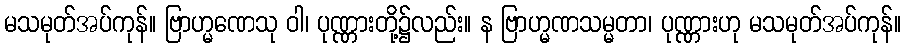
မသမုတ်အပ်ကုန်။ ဗြာဟ္မဏေသု ဝါ၊ ပုဏ္ဏားတို့၌လည်း။ န ဗြာဟ္မဏသမ္မတာ၊ ပုဏ္ဏားဟု မသမုတ်အပ်ကုန်။